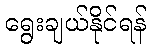
ရွေးချယ်နိုင်ရန်